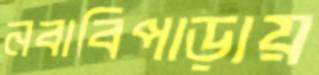
নবাবিপাড়ায়